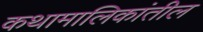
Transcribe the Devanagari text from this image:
कथामालिकांतील